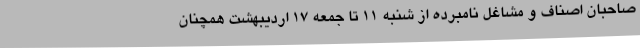
صاحبان اصناف و مشاغل نامبرده از شنبه ١١ تا جمعه ١٧ اردیبهشت همچنان